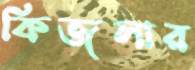
কিজলার